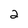
Character: 2